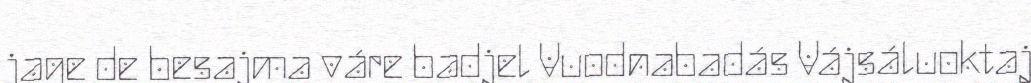
jage de besajma váre badjel Vuodnabadás Vájsáluoktaj